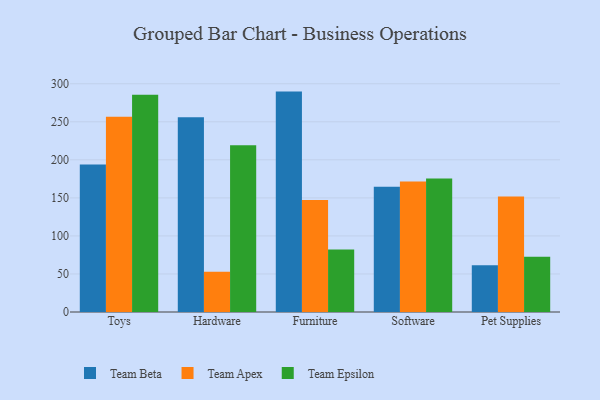
{"axis": {"x": "Category", "y": "Humidity (%)"}, "legend": ["Team Apex", "Team Beta", "Team Epsilon"], "data": [{"x": "Toys", "y": 193.8, "type": "Team Beta"}, {"x": "Toys", "y": 256.5, "type": "Team Apex"}, {"x": "Toys", "y": 285.4, "type": "Team Epsilon"}, {"x": "Hardware", "y": 255.9, "type": "Team Beta"}, {"x": "Hardware", "y": 53.0, "type": "Team Apex"}, {"x": "Hardware", "y": 219.1, "type": "Team Epsilon"}, {"x": "Furniture", "y": 289.7, "type": "Team Beta"}, {"x": "Furniture", "y": 147.1, "type": "Team Apex"}, {"x": "Furniture", "y": 82.2, "type": "Team Epsilon"}, {"x": "Software", "y": 164.6, "type": "Team Beta"}, {"x": "Software", "y": 171.5, "type": "Team Apex"}, {"x": "Software", "y": 175.6, "type": "Team Epsilon"}, {"x": "Pet Supplies", "y": 61.3, "type": "Team Beta"}, {"x": "Pet Supplies", "y": 151.8, "type": "Team Apex"}, {"x": "Pet Supplies", "y": 72.7, "type": "Team Epsilon"}]}